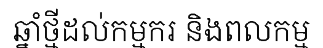
ឆ្នាំថ្មីដល់កម្មករ និងពលកម្ម